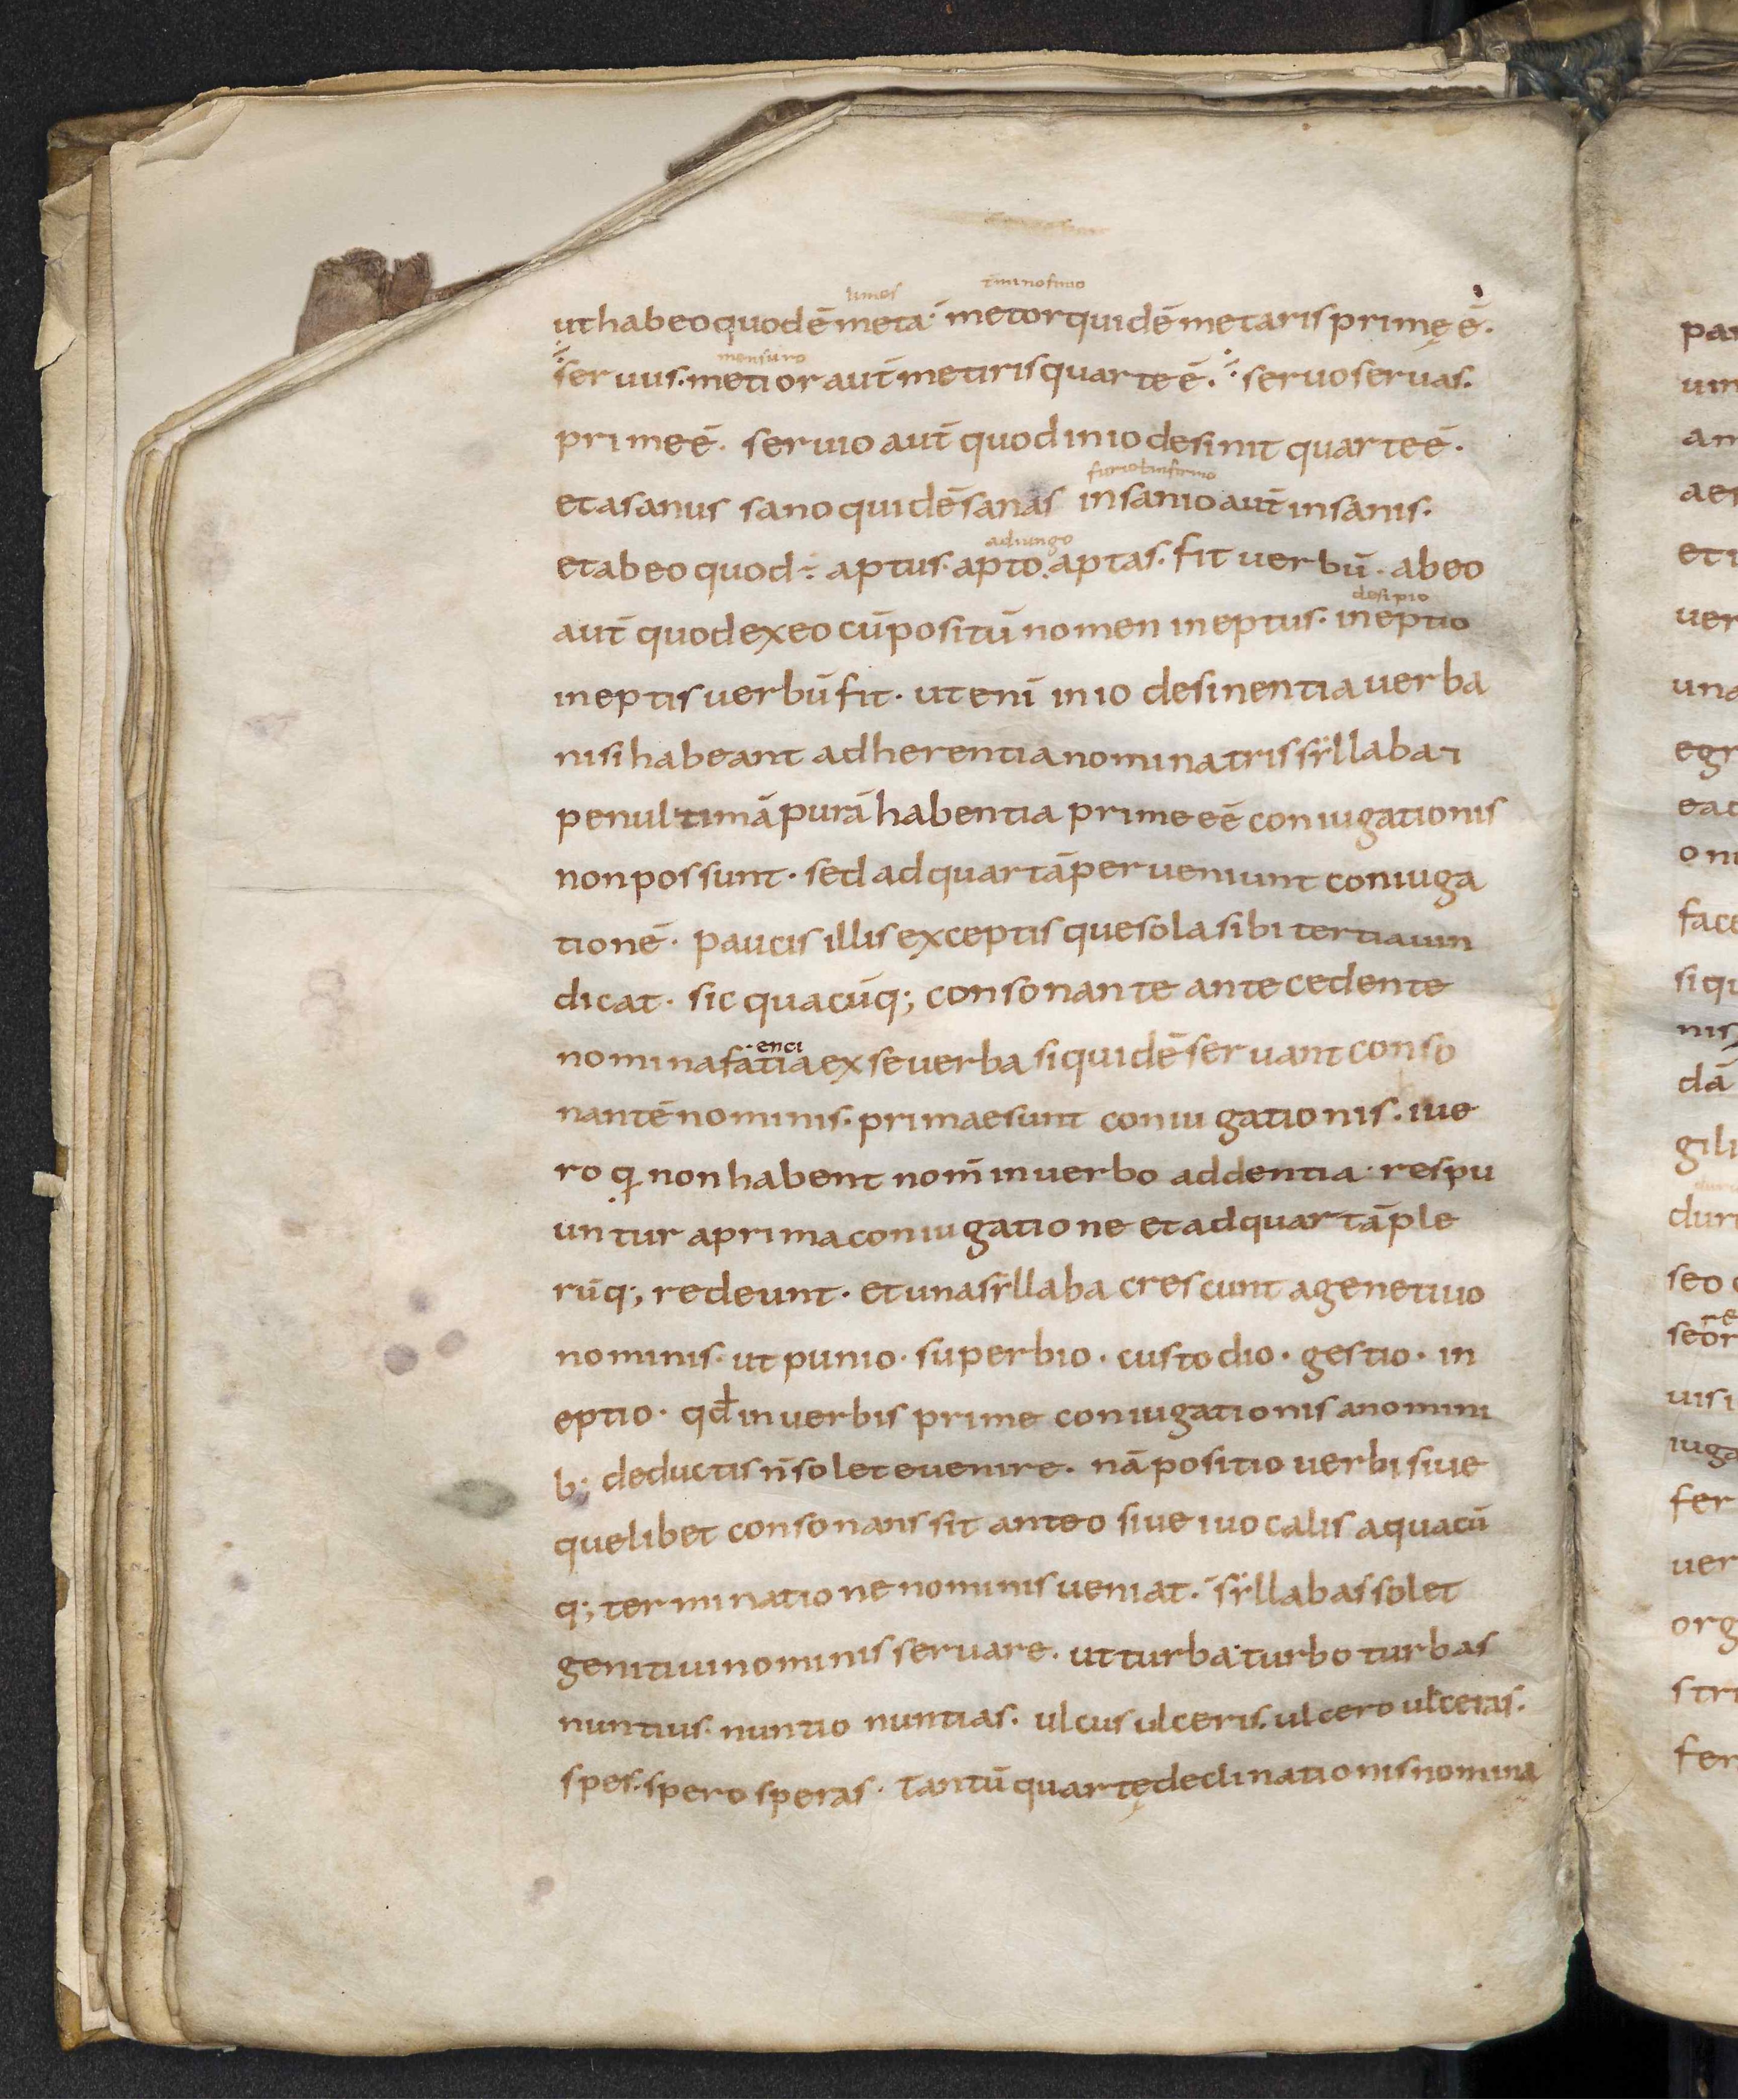
Shelfmark: Leiden, Bibliotheek der Rijksuniversiteit, Voss. Lat. O 41
Century: 9